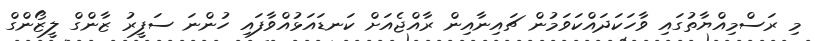
މި ރަސްމިއްޔާތުގައި ވާހަކަދައްކަވަމުން ޗައިނާއިން ރާއްޖެއަށް ކަނޑައަޅުއްވާފައި ހުންނަ ސަފީރު ޒާންގް ލީޒޯންގް